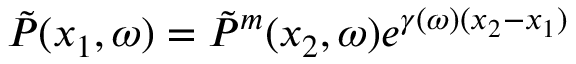
\Tilde { P } ( x _ { 1 } , \omega ) = \Tilde { P } ^ { m } ( x _ { 2 } , \omega ) e ^ { \gamma ( \omega ) ( x _ { 2 } - x _ { 1 } ) }